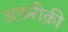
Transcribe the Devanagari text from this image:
अफ़रीक़ी